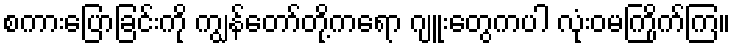
စကားပြောခြင်းကို ကျွန်တော်တို့ကရော ဂျူးတွေကပါ လုံးဝမကြိုက်ကြ။